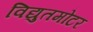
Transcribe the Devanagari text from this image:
विद्युतमोटर